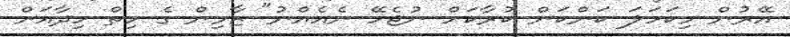
އޭރުން މިކަހަލަ ކަންކަން ކުރާކަށް ނުޖެހޭ ނެއެއްނު" ޒާމިން ގެ ހިތް ހިދާއަށް